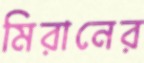
মিরানের